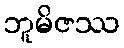
ဘူမိဇဿ